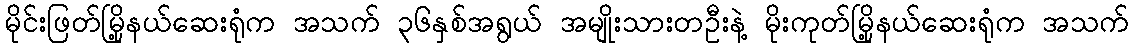
မိုင်းဖြတ်မြို့နယ်ဆေးရုံက အသက် ၃၆နှစ်အရွယ် အမျိုးသားတဦးနဲ့ မိုးကုတ်မြို့နယ်ဆေးရုံက အသက်